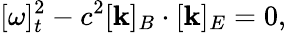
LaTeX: [\omega]_{t}^{2}-c^{2}[\mathbf{k}]_{B}\cdot[\mathbf{k}]_{E}=0,